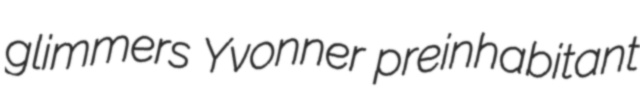
glimmers Yvonner preinhabitant